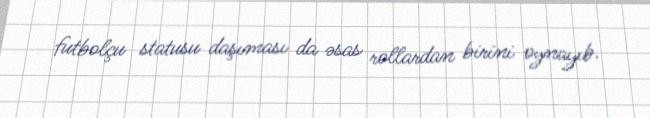
futbolçu statusu daşıması da əsas rollardan birini oynayıb.